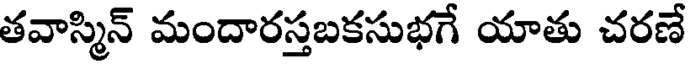
తవాస్మిన్ మందారస్తబకసుభగే యాతు చరణే